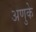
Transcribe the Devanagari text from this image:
अणुके